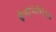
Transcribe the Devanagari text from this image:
ईन्डोनेशिआ